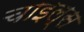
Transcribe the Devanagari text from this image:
चाइल्स